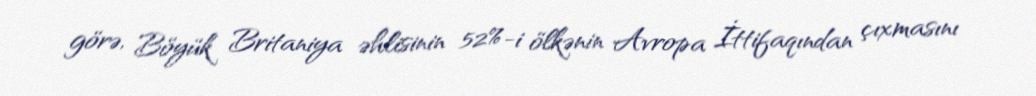
görə, Böyük Britaniya əhlisinin 52%-i ölkənin Avropa İttifaqından çıxmasını